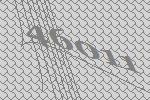
46011